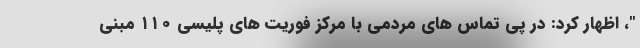
"، اظهار کرد: در پی تماس های مردمی با مرکز فوریت های پلیسی ۱۱۰ مبنی